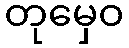
တုမှေဝ